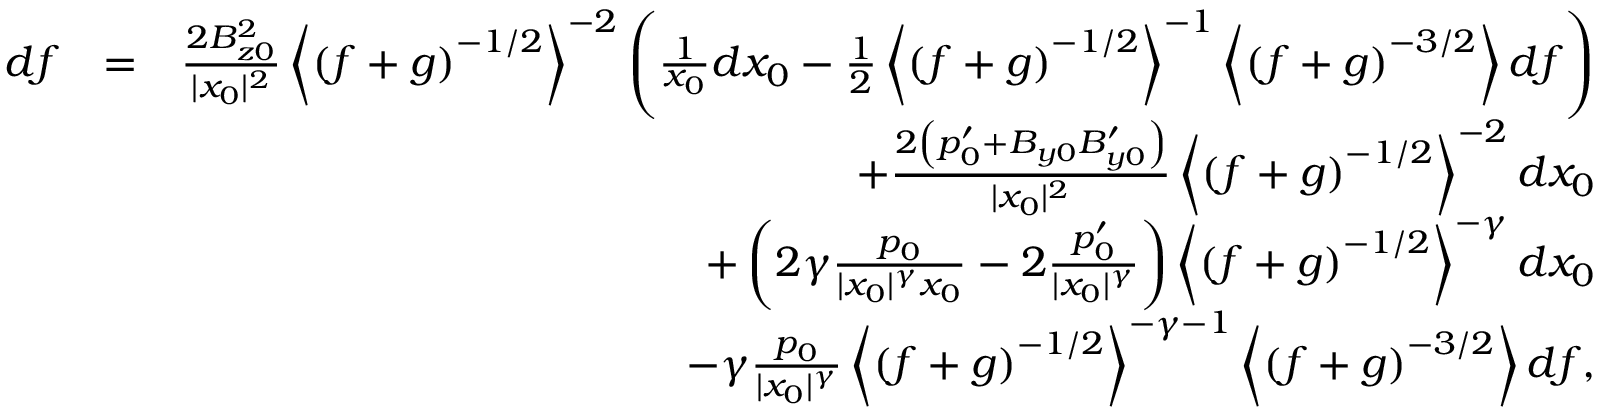
\begin{array} { r l r } { d f } & { = } & { \frac { 2 B _ { z 0 } ^ { 2 } } { | x _ { 0 } | ^ { 2 } } \left\langle \left( f + g \right) ^ { - 1 / 2 } \right\rangle ^ { - 2 } \left( \frac { 1 } { x _ { 0 } } d x _ { 0 } - \frac { 1 } { 2 } \left\langle \left( f + g \right) ^ { - 1 / 2 } \right\rangle ^ { - 1 } \left\langle \left( f + g \right) ^ { - 3 / 2 } \right\rangle d f \right) } \\ & { } & { + \frac { 2 \left( p _ { 0 } ^ { \prime } + B _ { y 0 } B _ { y 0 } ^ { \prime } \right) } { | x _ { 0 } | ^ { 2 } } \left\langle \left( f + g \right) ^ { - 1 / 2 } \right\rangle ^ { - 2 } d x _ { 0 } } \\ & { } & { + \left( 2 \gamma \frac { p _ { 0 } } { | x _ { 0 } | ^ { \gamma } x _ { 0 } } - 2 \frac { p _ { 0 } ^ { \prime } } { | x _ { 0 } | ^ { \gamma } } \right) \left\langle \left( f + g \right) ^ { - 1 / 2 } \right\rangle ^ { - \gamma } d x _ { 0 } } \\ & { } & { - \gamma \frac { p _ { 0 } } { | x _ { 0 } | ^ { \gamma } } \left\langle \left( f + g \right) ^ { - 1 / 2 } \right\rangle ^ { - \gamma - 1 } \left\langle \left( f + g \right) ^ { - 3 / 2 } \right\rangle d f , } \end{array}